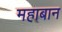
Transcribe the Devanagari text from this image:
महाबान